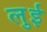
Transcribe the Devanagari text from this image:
लुुई